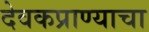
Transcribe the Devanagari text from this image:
देवकप्राण्याचा